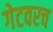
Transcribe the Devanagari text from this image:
गेटवरच